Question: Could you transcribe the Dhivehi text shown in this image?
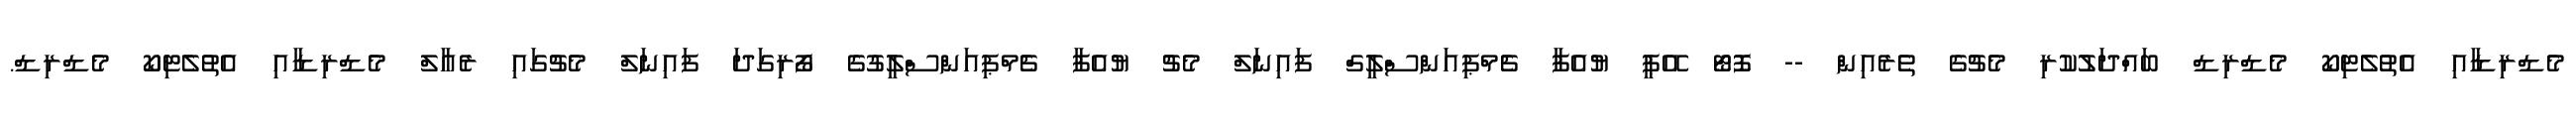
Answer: މެޑްރިޑާއި އެތުލެޓިކޯ މެޑްރިޑް ބައްދަލުކުރި މެޗުގެ ތެރެއިން -- ފޮޓޯ އޭޕީ ޔުއެފާ ޗެމްޕިއަންސްލީގް ފައިނަލް މެޗު ޔުއެފާ ޗެމްޕިއަންސްލީގުގެ ފޯރިގަދަ ފައިނަލް މެޗުގައި ރެއާލް މެޑްރިޑާއި އެތުލެޓިކޯ މެޑްރިޑް.